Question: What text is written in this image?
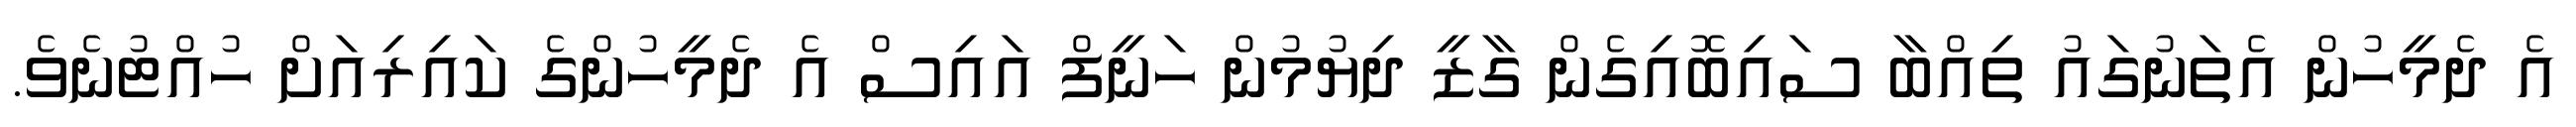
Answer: އެ ދެމީހުން އެތަނުގައު ތިއްބާ ސައިބޮއިގެން ގާޒީ ދިޔުމުން ހަނީފް އައިސް އެ ދެމީހުންގެ ކައިރިއަށް ހުއްޓުނެވެ.